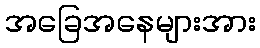
အခြေအနေများအား